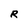
Character: R